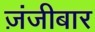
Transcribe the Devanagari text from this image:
ज़ंजीबार